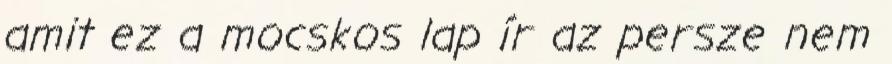
amit ez a mocskos lap ír az persze nem